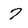
Character: 7